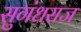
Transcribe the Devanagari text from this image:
सुगंधराज